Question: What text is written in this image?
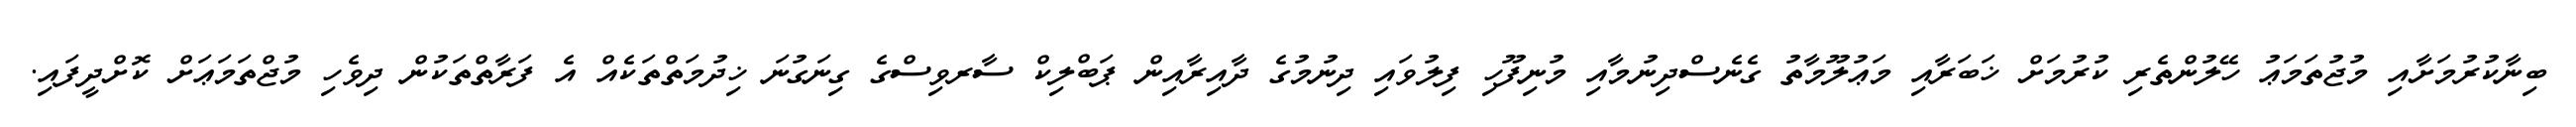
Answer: ބިނާކުރުމަށާއި މުޖުތަމަޢު ހޭލުންތެރި ކުރުމަށް ޚަބަރާއި މަޢުލޫމާތު ގެނެސްދިނުމާއި މުނިފޫހި ފިލުވައި ދިނުމުގެ ދާއިރާއިން ޕަބްލިކް ސާރވިސްގެ ގިނަގުނަ ޚިދުމަތްތަކެއް އެ ފަރާތްތަކުން ދިވެހި މުޖްތަމަޢަށް ކޮށްދީފައި.